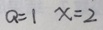
Q = 1 x = 2